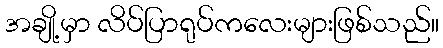
အချို့မှာ လိပ်ပြာရုပ်ကလေးများဖြစ်သည်။